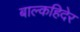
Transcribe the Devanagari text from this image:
बाल्कहिदेर